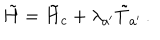
LaTeX: \tilde { H } = \tilde { H } _ { c } + \lambda _ { a ^ { \prime } } \tilde { T } _ { a ^ { \prime } } \, .